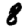
Digit: 8